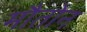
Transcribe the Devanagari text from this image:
मौतोन